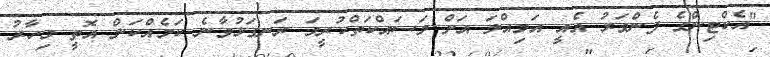
"އެކްޓިންގެ ފެންވަރު އެއީ އަމިއްލަ އަށް މަސައްކަތްކުރީމަ ރަނގަޅުވާނެ ކަމެއްކަން އޮތީ މިހާރު